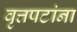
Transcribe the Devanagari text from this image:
वृत्तपटांना